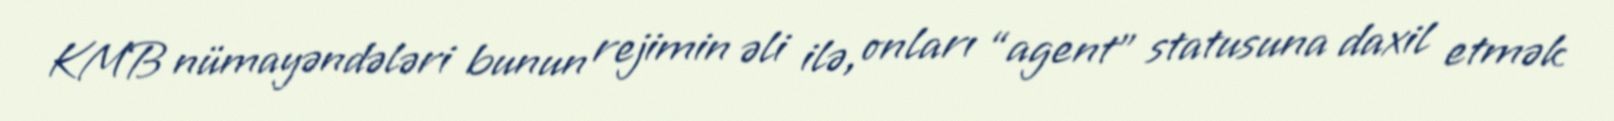
KMB nümayəndələri bunun rejimin əli ilə, onları “agent” statusuna daxil etmək